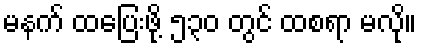
မနက် ထပြေးဖို့ ၅၃၀ တွင် ထစရာ မလို။